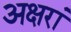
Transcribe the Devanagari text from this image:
अक्षरां